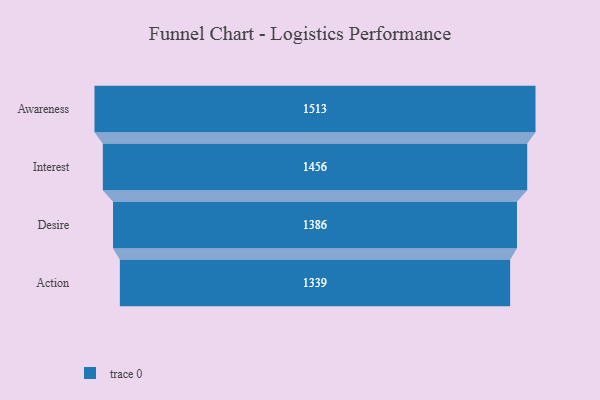
{"axis": {"x": "Stage", "y": "Value"}, "legend": [""], "data": [{"x": "Awareness", "y": 1513.0, "type": ""}, {"x": "Interest", "y": 1456.0, "type": ""}, {"x": "Desire", "y": 1386.0, "type": ""}, {"x": "Action", "y": 1339.0, "type": ""}]}